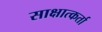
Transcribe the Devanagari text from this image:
साक्षात्कर्ता